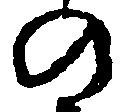
の